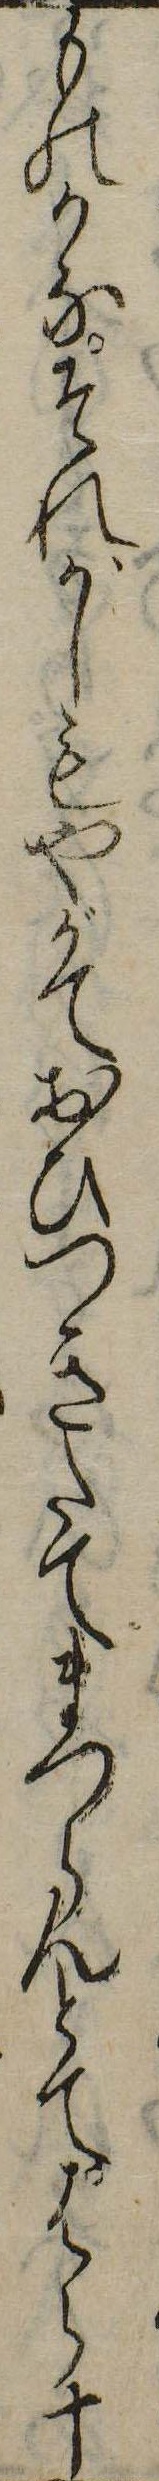
ものかなそれがしもやがておひつきたてまつらんとてはら十